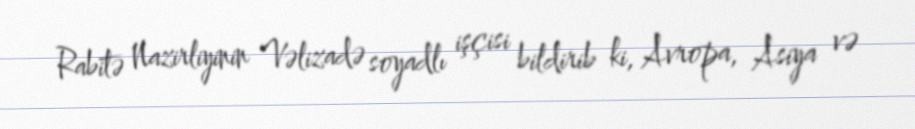
Rabitə Nazirliyinin Vəlizadə soyadlı işçisi bildirib ki, Avropa, Asiya və